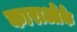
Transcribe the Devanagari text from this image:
काराओके